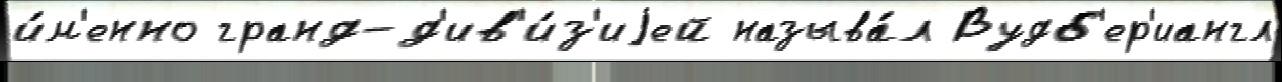
и́м'енно гранд-д'ив'и́з'иjей называ́л Вудб'ер'иангл